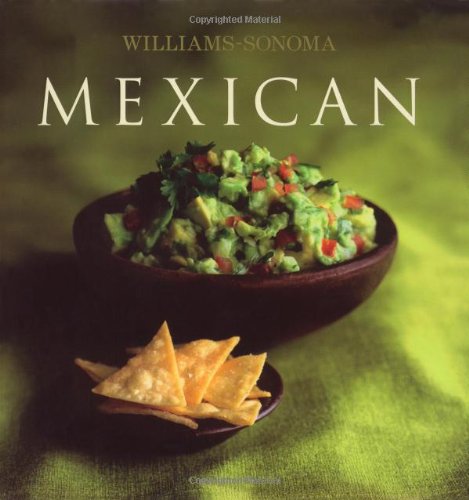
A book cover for Williams-Sonoma Collection: Mexican; Marilyn Tausend; Cookbooks, Food & Wine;